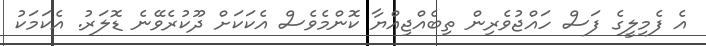
އެ ފެމިލީގެ ފަސް ހައްޖުވެރިން ތިބެއްޖިއްޔާ ކޮންމެވެސް އެކަކަށް ދޫކުރެވޭނެ ޑޮލަރު. އެކަމަކު